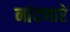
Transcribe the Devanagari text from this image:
नांदणारे